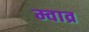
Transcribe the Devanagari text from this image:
म्वाव्र